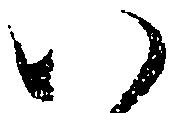
い